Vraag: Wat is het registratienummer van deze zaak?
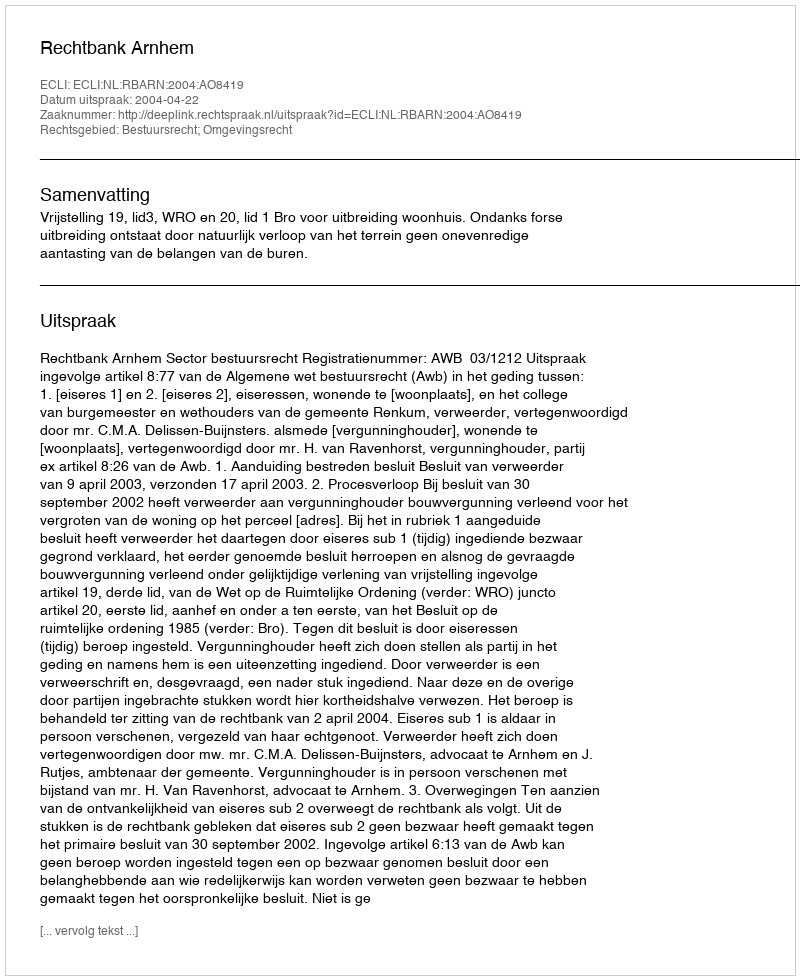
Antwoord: http://deeplink.rechtspraak.nl/uitspraak?id=ECLI:NL:RBARN:2004:AO8419